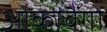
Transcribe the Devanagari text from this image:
ओकावैंगो